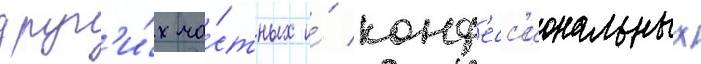
друг'и́х ча́стных и́ конф'есс'иональных